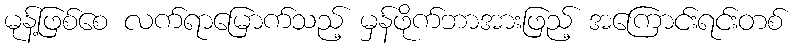
မုန့်ဖြစ်စေ လက်ရာမြောက်သည့် မှန်ဖိုက်ဘာအားဖြည့် အကြောင်းရင်းတစ်